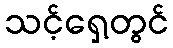
သင့်ရှေ့တွင်